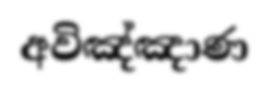
අවිඤ්ඤාණ